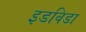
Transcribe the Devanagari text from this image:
इडविडा